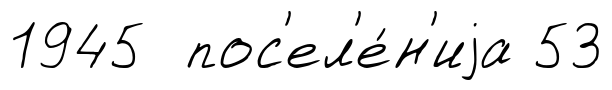
1945 пос'ел'е́н'иjа 53